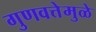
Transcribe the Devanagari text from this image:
गुणवत्तेमुळे